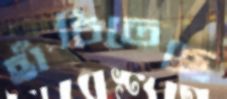
হাঁচিতেছে